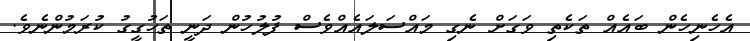
އެހެނިހެން ބައެއް ތަކެތި ވަގަށް ނެގި މައްސަލައެއްވެސް ފުލުހުން ދަނީ ތަހުގީގު ކުރަމުންނެވެ.